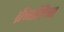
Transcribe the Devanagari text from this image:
ब्रैंजलिना